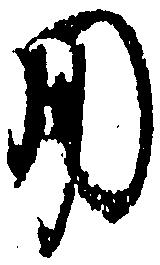
用